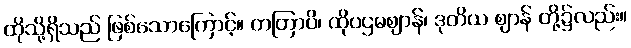
ထိုသို့ရှိသည် ဖြစ်သောကြောင့်။ တတြာပိ၊ ထိုပဌမဈာန်၊ ဒုတိယ ဈာန် တို့၌လည်း။